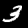
Digit: 3